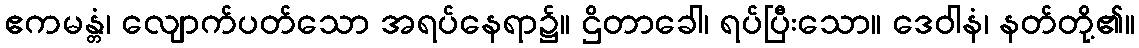
ဧကမန္တံ၊ လျောက်ပတ်သော အရပ်နေရာ၌။ ဌိတာခေါ၊ ရပ်ပြီးသော။ ဒေဝါနံ၊ နတ်တို့၏။